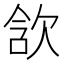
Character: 𣢺